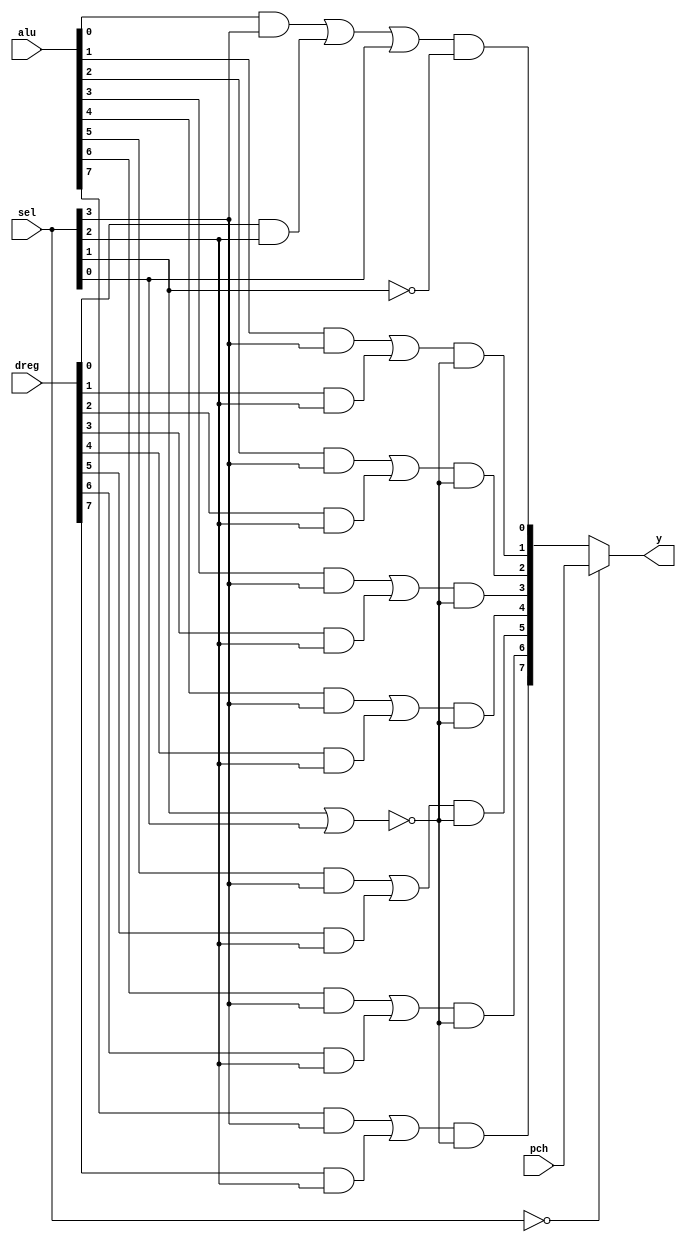
// high address mux for the m6502
// 
//  SEL | Y
//  ----+-----
//  0000| PCH
//  0001| 0x01
//  0010| 0x00
//  0100| Dreg
//  1000| ALU
// 
// 
// ---------------------------------------------------------------------------
// ----------------------------ENTITY-----------------
`timescale 1 ns / 1 ns // timescale for following modules

module adh_mux (alu,
   pch,
   dreg,
   sel,
   y);
input   [7:0] alu; //  alu inputs

input   [7:0] pch; //  program counter hi inputs

input   [7:0] dreg; //  D reg inputs

input   [3:0] sel; //  Select

output  [7:0] y; //  y outputs

parameter zero = 8'b 00000000; //  zero page
//  Note that this is coded at a very low level.
//  No doubt about what the synthesize should do with this!
//  Xes also propagate just like the real gate level version.
parameter one = 8'b 00000001; //  stack page
wire    [7:0] y; 
wire    [7:0] pre_y; //  output of the 4:1 mux
// -------------ARCHITECTURE----------
//  by default we select the program ctr
assign y = sel == 4'b 0000 ? pch : 
	pre_y; 
assign pre_y[0] = (alu[0] & sel[3] | dreg[0] & sel[2] | sel[0]) & ~sel[1]; 
assign pre_y[1] = (alu[1] & sel[3] | dreg[1] & sel[2]) & ~(sel[1] | sel[0]); 
assign pre_y[2] = (alu[2] & sel[3] | dreg[2] & sel[2]) & ~(sel[1] | sel[0]); 
assign pre_y[3] = (alu[3] & sel[3] | dreg[3] & sel[2]) & ~(sel[1] | sel[0]); 
assign pre_y[4] = (alu[4] & sel[3] | dreg[4] & sel[2]) & ~(sel[1] | sel[0]); 
assign pre_y[5] = (alu[5] & sel[3] | dreg[5] & sel[2]) & ~(sel[1] | sel[0]); 
assign pre_y[6] = (alu[6] & sel[3] | dreg[6] & sel[2]) & ~(sel[1] | sel[0]); 
assign pre_y[7] = (alu[7] & sel[3] | dreg[7] & sel[2]) & ~(sel[1] | sel[0]); 

endmodule // module adh_mux